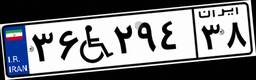
۳۶W۲۹۴۳۸